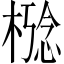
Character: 𪳋